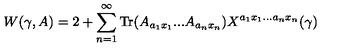
W ( \gamma , A ) = 2 + \sum _ { n = 1 } ^ { \infty } \mathrm { T r } ( A _ { a _ { 1 } x _ { 1 } } . . . A _ { a _ { n } x _ { n } } ) X ^ { a _ { 1 } x _ { 1 } . . . a _ { n } x _ { n } } ( \gamma )